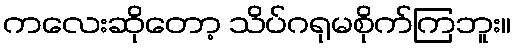
ကလေးဆိုတော့ သိပ်ဂရုမစိုက်ကြဘူး။